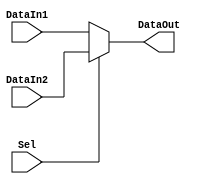
`timescale 1ns / 1ps
//////////////////////////////////////////////////////////////////////////////////
// Company: 
// Engineer: 
// 
// Design Name: 
// Module Name: Mux32
// Project Name: 
// Target Devices: 
// Tool Versions: 
// Description: 
// 
// Dependencies: 
// 
// Revision:
// Revision 0.01 - File Created
// Additional Comments:
// 
//////////////////////////////////////////////////////////////////////////////////


module Mux32(Sel,DataIn1,DataIn2,DataOut);
    input Sel;
    input [31:0] DataIn1;
    input [31:0] DataIn2;
    output [31:0] DataOut;
    assign DataOut = Sel? DataIn2:DataIn1;
endmodule